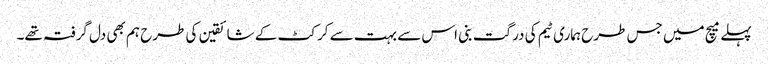
پہلے میچ میں جس طرح ہماری ٹیم کی درگت بنی اس سے بہت سے کرکٹ کے شائقین کی طرح ہم بھی دل گرفتہ تھے۔